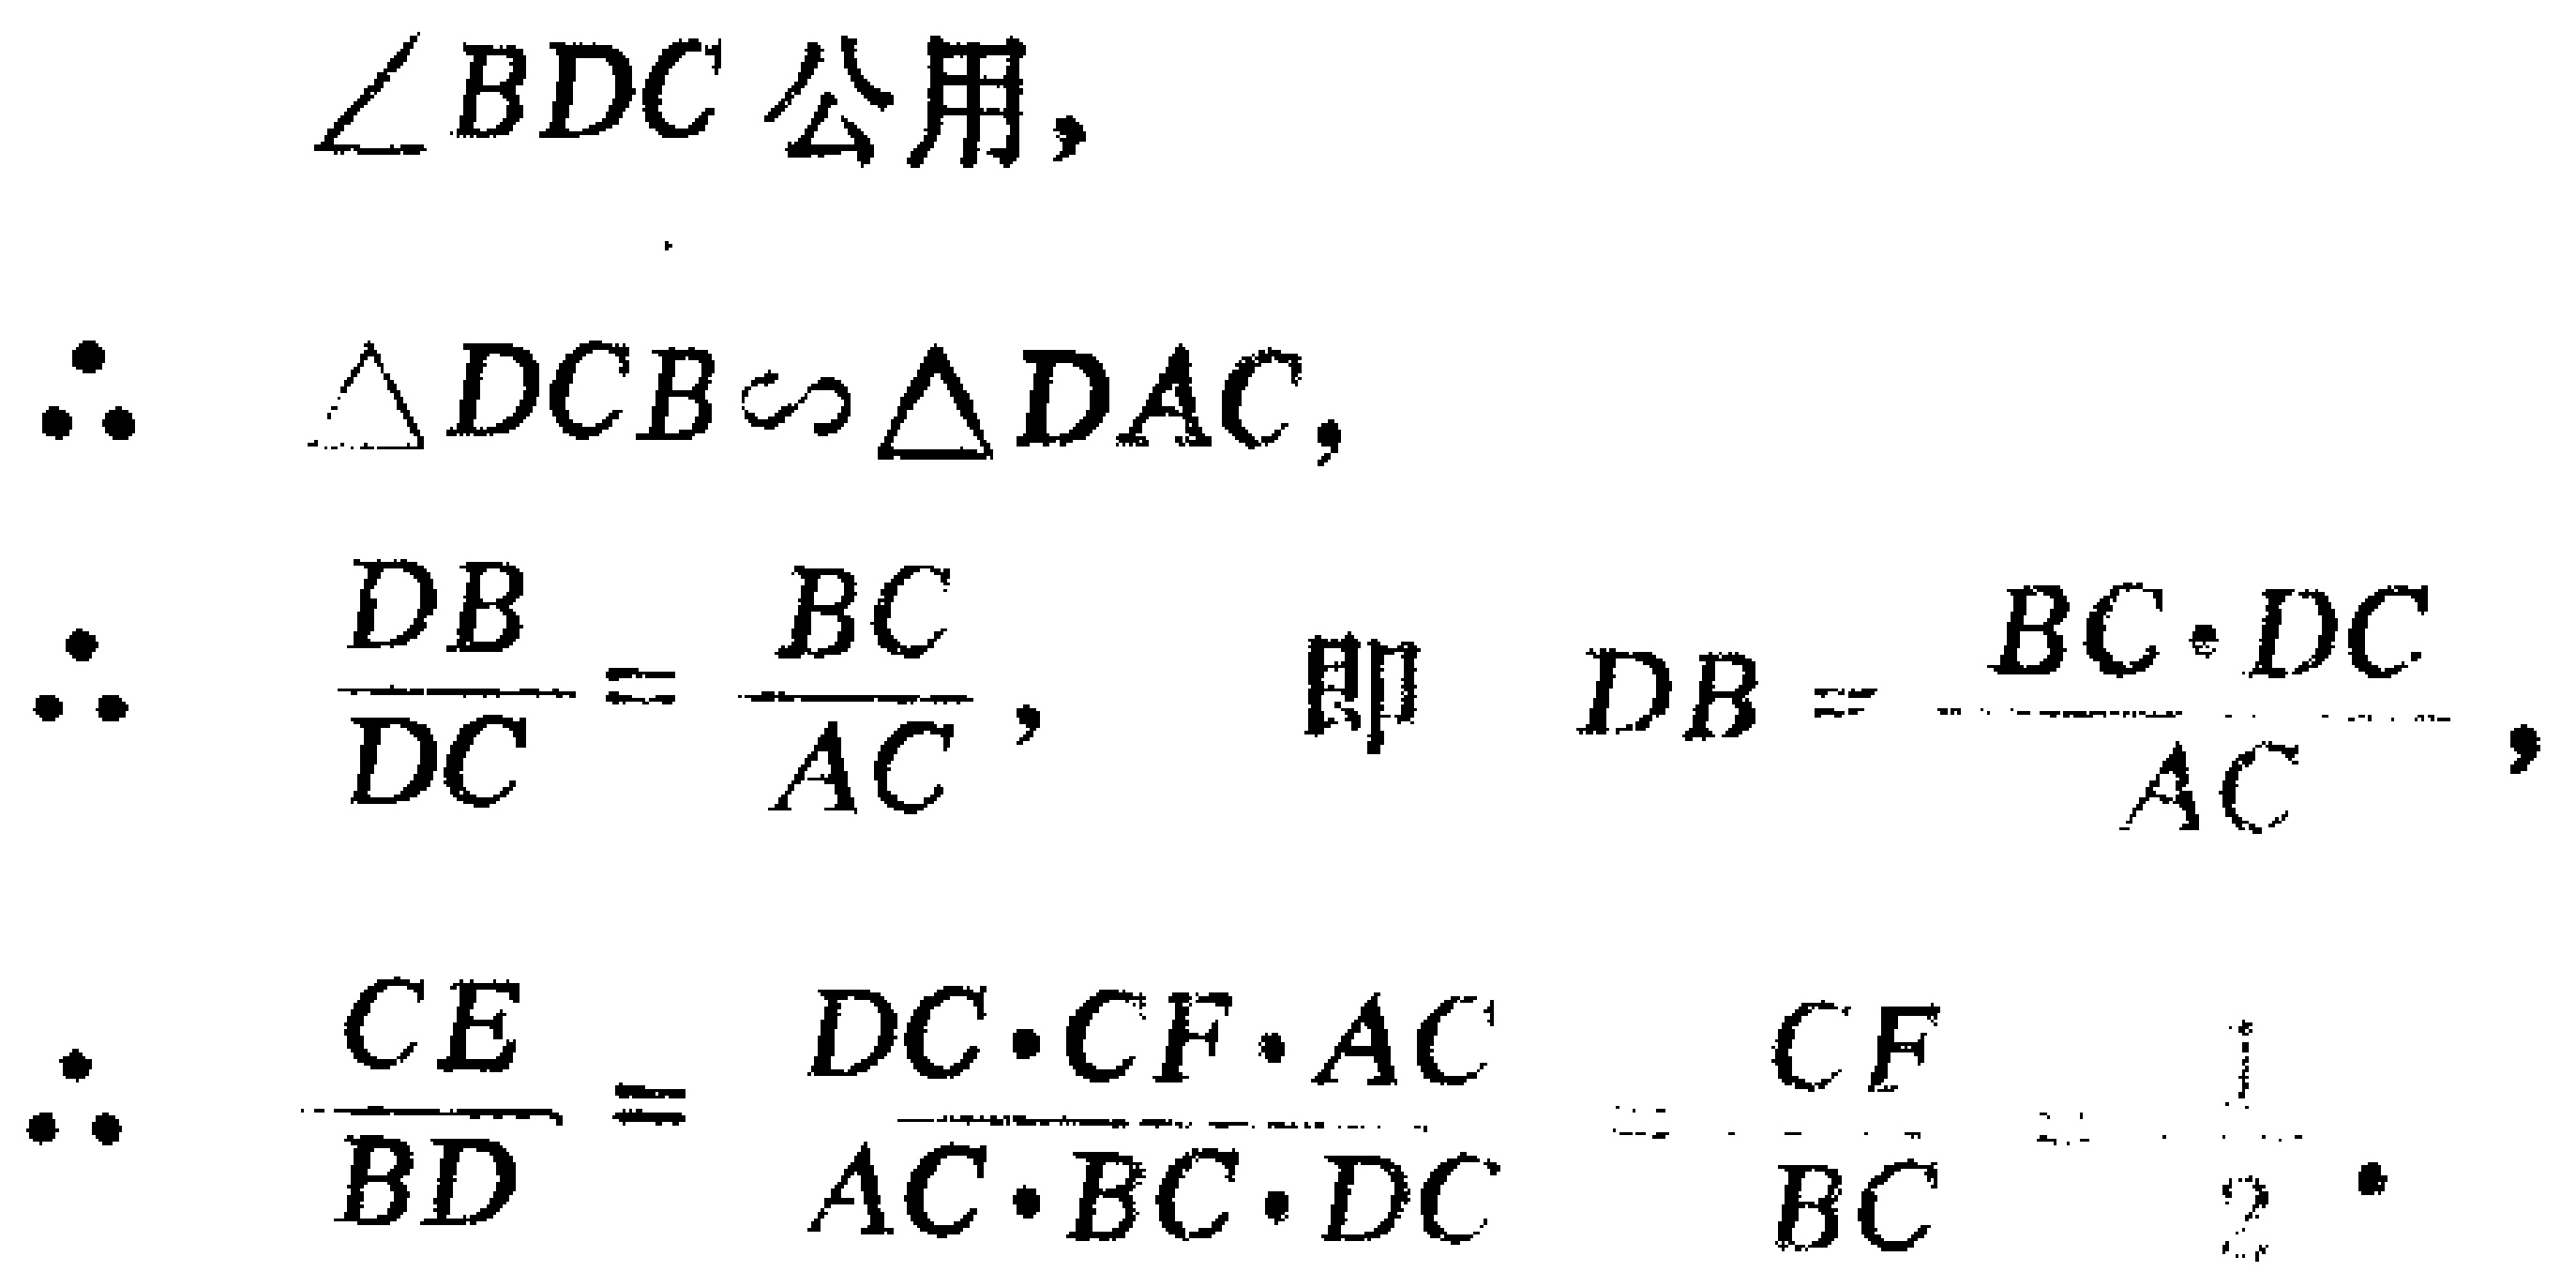
$\angle BDC\text{ 公用,}$
$\therefore \triangle DCB\sim\triangle DAC,$
$\therefore \frac{DB}{DC}=\frac{BC}{AC},\text{ 即 }DB = \frac{BC\cdot DC}{AC},$
$\therefore \frac{CE}{BD}=\frac{DC\cdot CF\cdot AC}{AC\cdot BC\cdot DC}=\frac{CF}{BC}=\frac{1}{2}.$